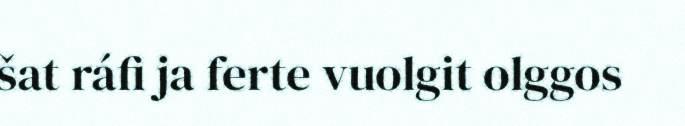
šat ráfi ja ferte vuolgit olggos